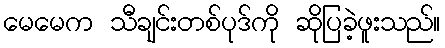
မေမေက သီချင်းတစ်ပုဒ်ကို ဆိုပြခဲ့ဖူးသည်။